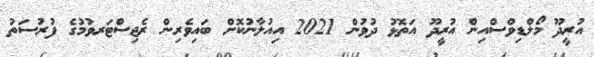
އުރީދޫ މޯލްޑިވްސްއިން އުރީދޫ އަތޮޅު ދުވުން 2021 އިއުލާނުކޮށް ބައިވެރިން ރެޖިސްޓަރވުމުގެ ފުރުސަތު